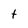
Character: t